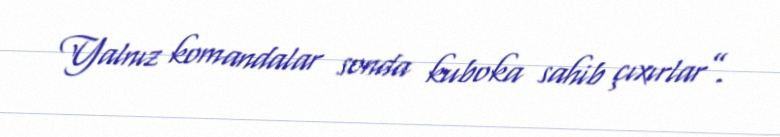
Yalnız komandalar sonda kuboka sahib çıxırlar”.